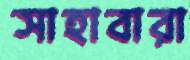
সাহাবারা